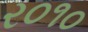
ર૦૧૦